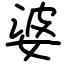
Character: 婆